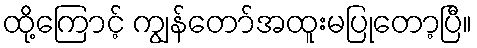
ထို့ကြောင့် ကျွန်တော်အထူးမပြုတော့ပြီ။